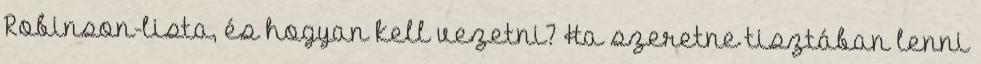
Robinson-lista, és hogyan kell vezetni? Ha szeretne tisztában lenni